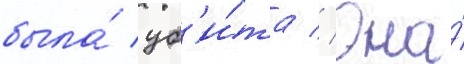
была́ уб'и́та // Она́